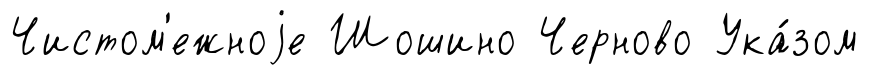
Чистом'ежноjе Шошино Черново Ука́зом